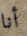
أنا